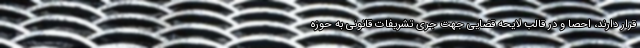
قرار دارند، احصا و در قالب لایحه قضایی جهت جری تشریفات قانونی به حوزه